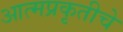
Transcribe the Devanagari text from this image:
आत्मप्रकृतीचे